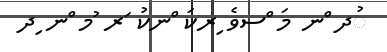
ުދ ްނ މަ ްސވެ ިރކަ ްނކު ަރ ުމ ްނ ިދ